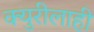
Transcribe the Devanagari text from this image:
क्युरीलाही